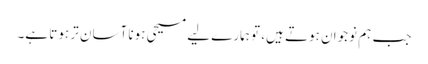
جب ہم نوجوان ہوتے ہیں، تو ہمارے لیے مسیحی ہونا آسان تر ہوتا ہے۔